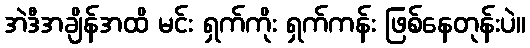
အဲဒီအချိန်အထိ မင်း ရှက်ကိုး ရှက်ကန်း ဖြစ်နေတုန်းပဲ။